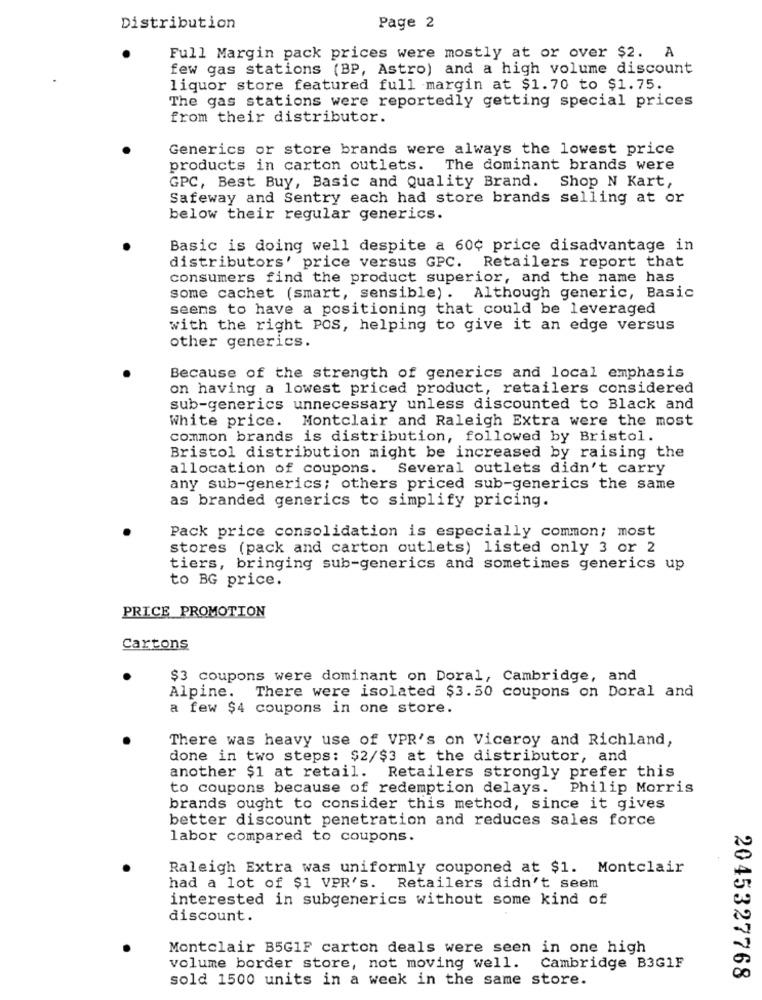
Distribution
Page 2
Full Margin pack prices were mostly at or over $2. A
few gas stations (BP, Astro) and a high volume discount
liquor store featured full margin at $1.70 to $1.75.
The gas stations were reportedly getting special prices
from their distributor.
Generics or store brands were always the lowest price
products in carton outlets. The dominant brands were
GPC, Best Buy, Basic and Quality Brand. Shop N Kart,
Safeway and Sentry each had store brands selling at or
below their regular generics.
Basic is doing well despite a 60¢ price disadvantage in
distributors' price versus GPC. Retailers report that
consumers find the product superior, and the name has
some cachet (smart, sensible). Although generic, Basic
seems to have a positioning that could be leveraged
with the right POS, helping to give it an edge versus
other generics.
Because of the strength of generics and local emphasis
on having a lowest priced product, retailers considered
sub-generics unnecessary unless discounted to Black and
White price. Montclair and Raleigh Extra were the most
common brands is distribution, followed by Bristol.
Bristol distribution might be increased by raising the
allocation of coupons. Several outlets didn't carry
any sub-generics; others priced sub-generics the same
as branded generics to simplify pricing.
Pack price consolidation is especially common; most
stores (pack and carton outlets) listed only 3 or 2
tiers, bringing sub-generics and sometimes generics up
to BG price.
PRICE PROMOTION
Cartons
$3 coupons were dominant on Doral, Cambridge, and
Alpine. There were isolated $3.50 coupons on Doral and
a few $4 coupons in one store.
There was heavy use of VPR's on Viceroy and Richland,
done in two steps: $2/$3 at the distributor, and
another $1 at retail.
Retailers strongly prefer this
to coupons because of redemption delays.
Philip Morris
brands ought to consider this method, since it gives
better discount penetration and reduces sales force
labor compared to coupons.
Raleigh Extra was uniformly couponed at $1. Montclair
had a lot of $1 VPR's. Retailers didn't seem
interested in subgenerics without some kind of
discount.
Montclair B5G1F carton deals were seen in one high
volume border store, not moving well. Cambridge B3G1F
sold 1500 units in a week in the same store.
2045327768